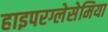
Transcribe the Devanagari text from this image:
हाइपरग्लेसेमिया